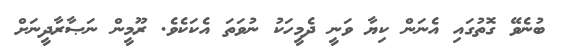
ބުނެވޭ ގޮތުގައި އެނަން ކިޔާ ވަނީ ދެމީހަކު ނުވަތަ އެކަކެވެ. ރޫމީން ނަޞާރާދީނަށް